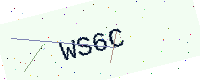
Text: WS6C